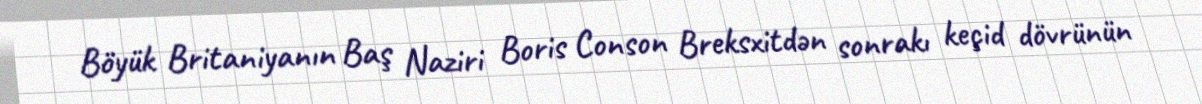
Böyük Britaniyanın Baş Naziri Boris Conson Breksxitdən sonrakı keçid dövrünün